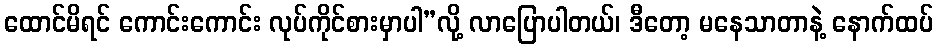
ထောင်မိရင် ကောင်းကောင်း လုပ်ကိုင်စားမှာပါ”လို့ လာပြောပါတယ်၊ ဒီတော့ မနေသာတာနဲ့ နောက်ထပ်